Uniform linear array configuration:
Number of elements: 4
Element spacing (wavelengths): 0.5
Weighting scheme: blackman
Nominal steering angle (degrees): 0
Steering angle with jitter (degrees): -1.755
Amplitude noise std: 0.05
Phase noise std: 0.05

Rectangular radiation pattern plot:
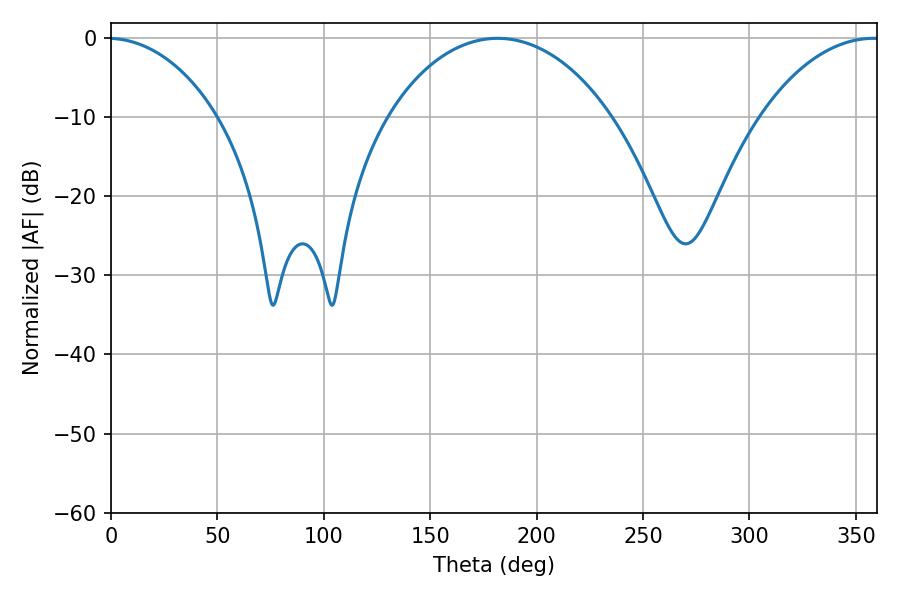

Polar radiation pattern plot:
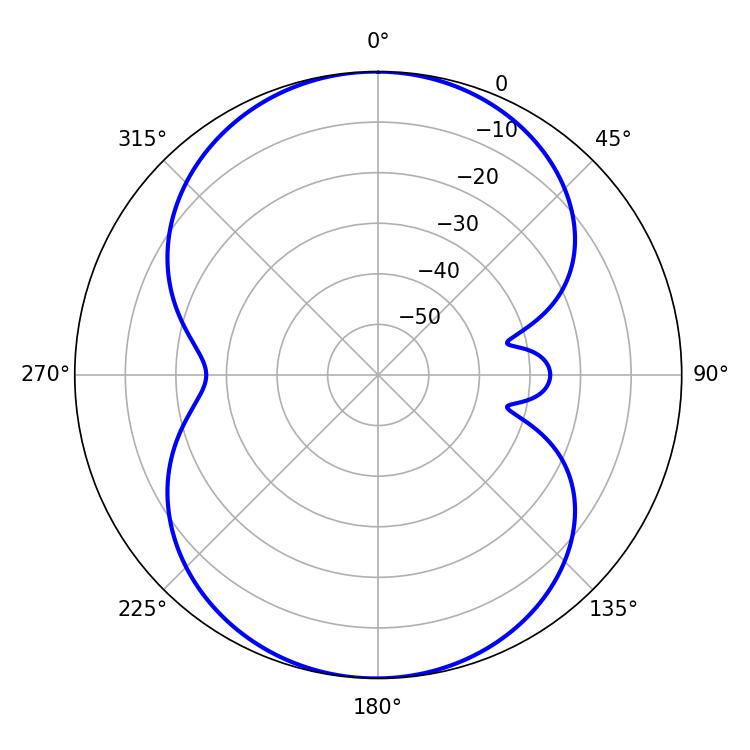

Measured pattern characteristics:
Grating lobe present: FALSE
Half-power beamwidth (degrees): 59.94
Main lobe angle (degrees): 181.62